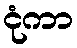
ငုံကာ